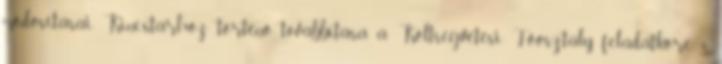
módosításai Kincstárhoz történő továbbítása a Költségvetési Főosztály feladatköre. 6.